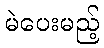
မဲပေးမည့်